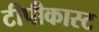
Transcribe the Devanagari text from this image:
टीपीकास्ट